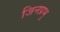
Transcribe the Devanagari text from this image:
जिनप्रभु